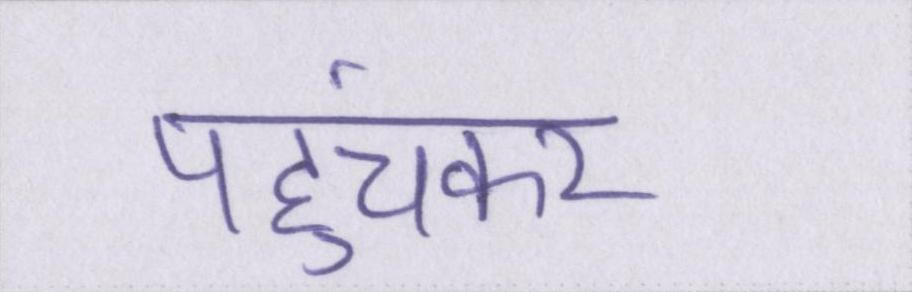
पहुंचकर